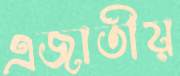
এজাতীয়